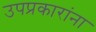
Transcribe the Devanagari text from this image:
उपप्रकारांना